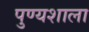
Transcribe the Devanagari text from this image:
पुण्यशाला